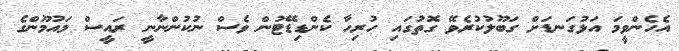
އެހެންވީމަ އަޅުގަނޑަށް ގަބޫލުކުރެވޭ ގޮތުގައި ހުރިހާ ކެންޑިޑޭޓުން ވެސް ނުކުންނާނީ ރައީސް މައުމޫންގެ